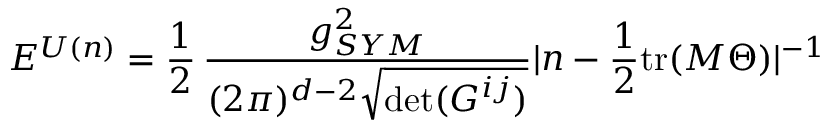
{ \cal E } ^ { U ( n ) } = \frac { 1 } { 2 } \, \frac { g _ { S Y M } ^ { 2 } } { ( 2 \pi ) ^ { d - 2 } \sqrt { \operatorname * { d e t } ( G ^ { i j } ) } } | n - \frac { 1 } { 2 } \mathrm { t r } ( M \Theta ) | ^ { - 1 } \,